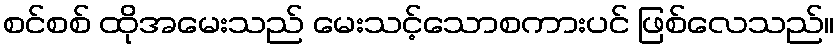
စင်စစ် ထိုအမေးသည် မေးသင့်သောစကားပင် ဖြစ်လေသည်။